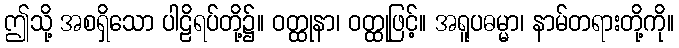
ဤသို့ အစရှိသော ပါဠိရပ်တို့၌။ ဝတ္ထုနာ၊ ဝတ္ထုဖြင့်။ အရူပဓမ္မာ၊ နာမ်တရားတို့ကို။